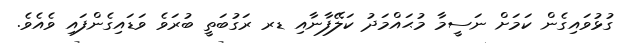
ގުޅުވައިގެން ކަމަށް ނަސީމާ މުޙައްމަދު ކަލޭފާނާއި ޑރ ރަގުބަތީ ބުރަވެ ވަޑައިގެންފައި ވެއެވެ.